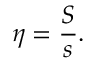
\eta = { \frac { S } { s } } .